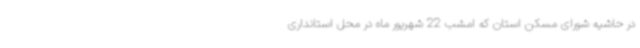
در حاشیه شورای مسکن استان که امشب 22 شهریور ماه در محل استانداری